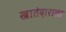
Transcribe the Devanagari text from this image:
खातेदाराला